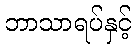
ဘာသာရပ်နှင့်